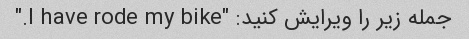
جمله زیر را ویرایش کنید: "I have rode my bike."